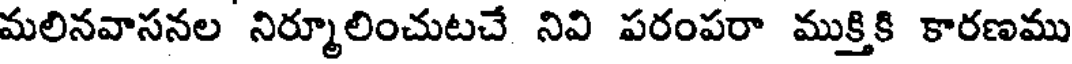
మలినవాసనల నిర్మూలించుటచే నివి పరంపరా ముక్తికి కారణము